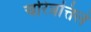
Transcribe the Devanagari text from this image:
चरित्रत्तिले